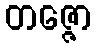
တဇ္ဇော